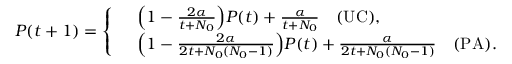
P ( t + 1 ) = \left\{ \begin{array} { r l } & { \Big ( 1 - \frac { 2 \alpha } { t + N _ { 0 } } \Big ) P ( t ) + \frac { \alpha } { t + N _ { 0 } } \quad \mathrm { ( U C ) } , } \\ & { \Big ( 1 - \frac { 2 \alpha } { 2 t + N _ { 0 } ( N _ { 0 } - 1 ) } \Big ) P ( t ) + \frac { \alpha } { 2 t + N _ { 0 } ( N _ { 0 } - 1 ) } \quad \mathrm { ( P A ) } . } \end{array} \right.